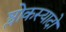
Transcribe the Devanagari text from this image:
श्लोकस्यादो